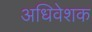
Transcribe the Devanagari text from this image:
अधिवेशक